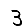
Digit: 3